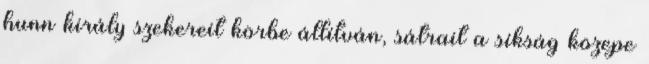
hunn király szekereit körbe állítván, sátrait a síkság közepe